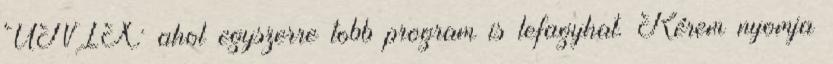
UNIX: ahol egyszerre tobb program is lefagyhat. Kérem nyomja